Vaccination in the Punjab 1867-1880 - 1867-1880
Year: 1867
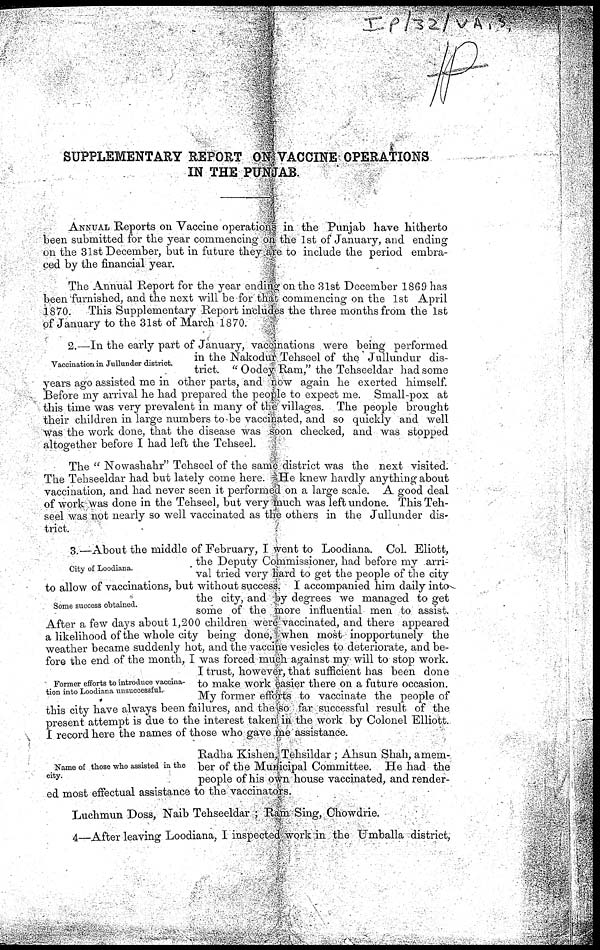
SUPPLEMENTARY REPORT ON VACCINE OPERATIONS
IN THE PUNJAB.
ANNUAL Reports on Vaccine operations in the Punjab have hitherto
been submitted for the year commencing on the 1st of January, and ending
on the 31st December, but in future they are to include the period embra-
ced by the financial year.
The Annual Report for the year ending on the 31st December 1869 has
been furnished, and the next will be for that commencing on the 1st April
1870. This Supplementary Report includes the three months from the 1st
of January to the 31st of March 1870.
Vaccination in Jullunder district.
2.—In the early part of January, vaccinations were being performed
in the Nakodur Tehseel of the Jullundur dis-
trict. "Oodey Ram," the Tehseeldar had some
years ago assisted me in other parts, and now again he exerted himself.
Before my arrival he had prepared the people to expect me. Small-pox at
this time was very prevalent in many of the villages. The people brought
their children in large numbers to be vaccinated, and so quickly and well
was the work done, that the disease was soon checked, and was stopped
altogether before I had left the Tehseel.
The " Nowashahr" Tehseel of the same district was the next visited.
The Tehseeldar had but lately come here. He knew hardly anything about
vaccination, and had never seen it performed on a large scale. A good deal
of work was done in the Tehseel, but very much was left undone. This Teh-
seel was not nearly so well vaccinated as the others in the Jullunder dis-
trict.
City of Loodiana.
Some success obtained.
Former efforts to introduce vaccina-
tion into Loodiana unsuccessful.
3.—About the middle of February, I went to Loodiana. Col. Eliott,
the Deputy Commissioner, had before my arri-
val tried very hard to get the people of the city
to allow of vaccinations, but without success I accompanied him daily into
the city, and by degrees we managed to get
some of the more influential men to assist.
After a few days about 1,200 children were vaccinated, and there appeared
a likelihood of the whole city being done, when most inopportunely the
weather became suddenly hot, and the vaccine vesicles to deteriorate, and be-
fore the end of the month, I was forced much against my will to stop work.
I trust, however, that sufficient has been done
to make work easier there on a future occasion.
My former efforts to vaccinate the people of
this city have always been failures, and the so far successful result of the
present attempt is due to the interest taken in the work by Colonel Elliott.
I record here the names of those who gave me assistance.
Name of those who assisted in the
city.
Radha Kishen, Tehsildar ; Ahsun Shah, a mem¬
ber of the Municipal Committee. He had the
people of his own house vaccinated, and render-
ed most effectual assistance to the vaccinators.
Luchmun Doss, Naib Tehseeldar ; Ram Sing. Chowdrie.
4 After leaving Loodiana, I inspected work in the Umballa district,